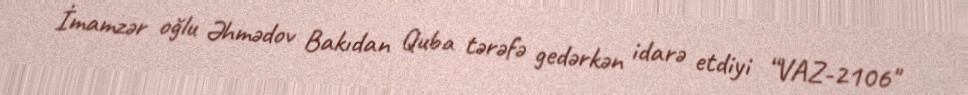
İmamzər oğlu Əhmədov Bakıdan Quba tərəfə gedərkən idarə etdiyi “VAZ-2106"